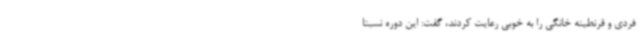
فردی و قرنطینه خانگی را به خوبی رعایت کردند، گفت: این دوره نسبتا